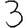
Digit: 3